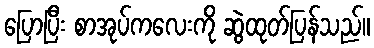
ပြောပြီး စာအုပ်ကလေးကို ဆွဲထုတ်ပြန်သည်။